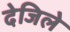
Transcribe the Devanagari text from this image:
देजिले